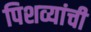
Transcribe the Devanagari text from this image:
पिशव्यांची